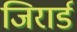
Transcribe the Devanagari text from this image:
जिरार्ड